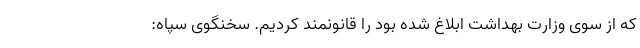
که از سوی وزارت بهداشت ابلاغ شده بود را قانونمند کردیم. سخنگوی سپاه: